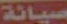
صيانة